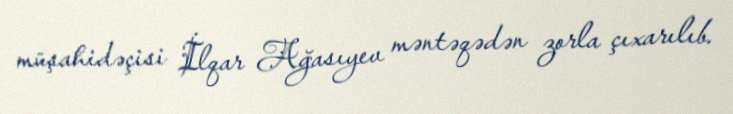
müşahidəçisi İlqar Ağasıyev məntəqədən zorla çıxarılıb.